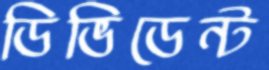
ডিভিডেন্ট